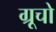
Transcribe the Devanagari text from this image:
ग्रूचो